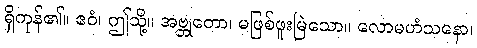
ရှိကုန်၏။ ဧဝံ၊ ဤသို့။ အဗ္ဘုတော၊ မဖြစ်ဖူးမြဲသော။ လောမဟံသနော၊